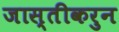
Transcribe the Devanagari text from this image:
जास्तीकरुन